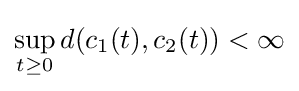
\sup _{t\geq 0}d(c_{1}(t),c_{2}(t))<\infty